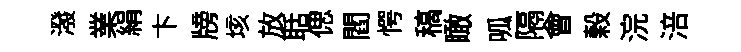
潑業絹卞牓垓放聒偲閻愕稿瞰呱隔會榖浣涪